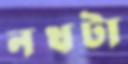
নখটা